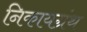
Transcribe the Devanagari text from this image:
निकायग्रंथ